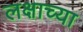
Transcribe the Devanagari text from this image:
लक्षाच्या